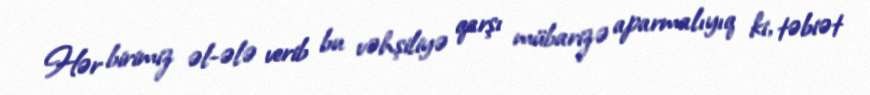
Hər birimiz əl-ələ verib bu vəhşiliyə qarşı mübarizə aparmalıyıq ki, təbiət